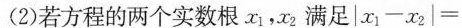
(2)若方程的两个实数根x_{1}，x_{2}满足$$| x_{1} - x_{2} | =